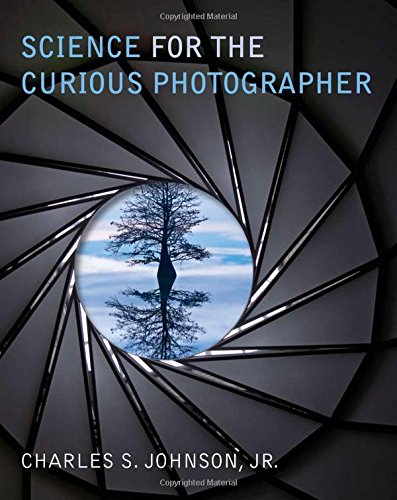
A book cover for Science for the Curious Photographer: An Introduction to the Science of Photography; Charles S. Johnson  Jr.; Science & Math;